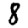
Digit: 8